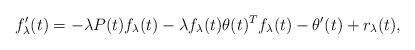
LaTeX: \begin{align*} f_{\lambda}'(t) = - \lambda P(t) f_{\lambda}(t) - \lambda f_{\lambda}(t) \theta(t)^{T} f_{\lambda}(t) - \theta'(t) + r_{\lambda}(t), \end{align*}